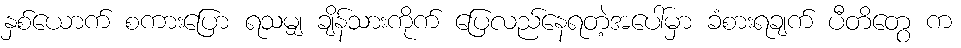
နှစ်ယောက် စကားပြော ရသမျှ ချိန်သားကိုက် ပြေလည်နေရတဲ့အပေါ်မှာ ခံစားရချက် ပီတိတွေ က